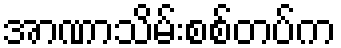
အာဏာသိမ်းစစ်တပ်က